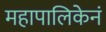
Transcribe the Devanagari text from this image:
महापालिकेनं